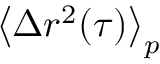
\left\langle \Delta r ^ { 2 } ( \tau ) \right\rangle _ { p }